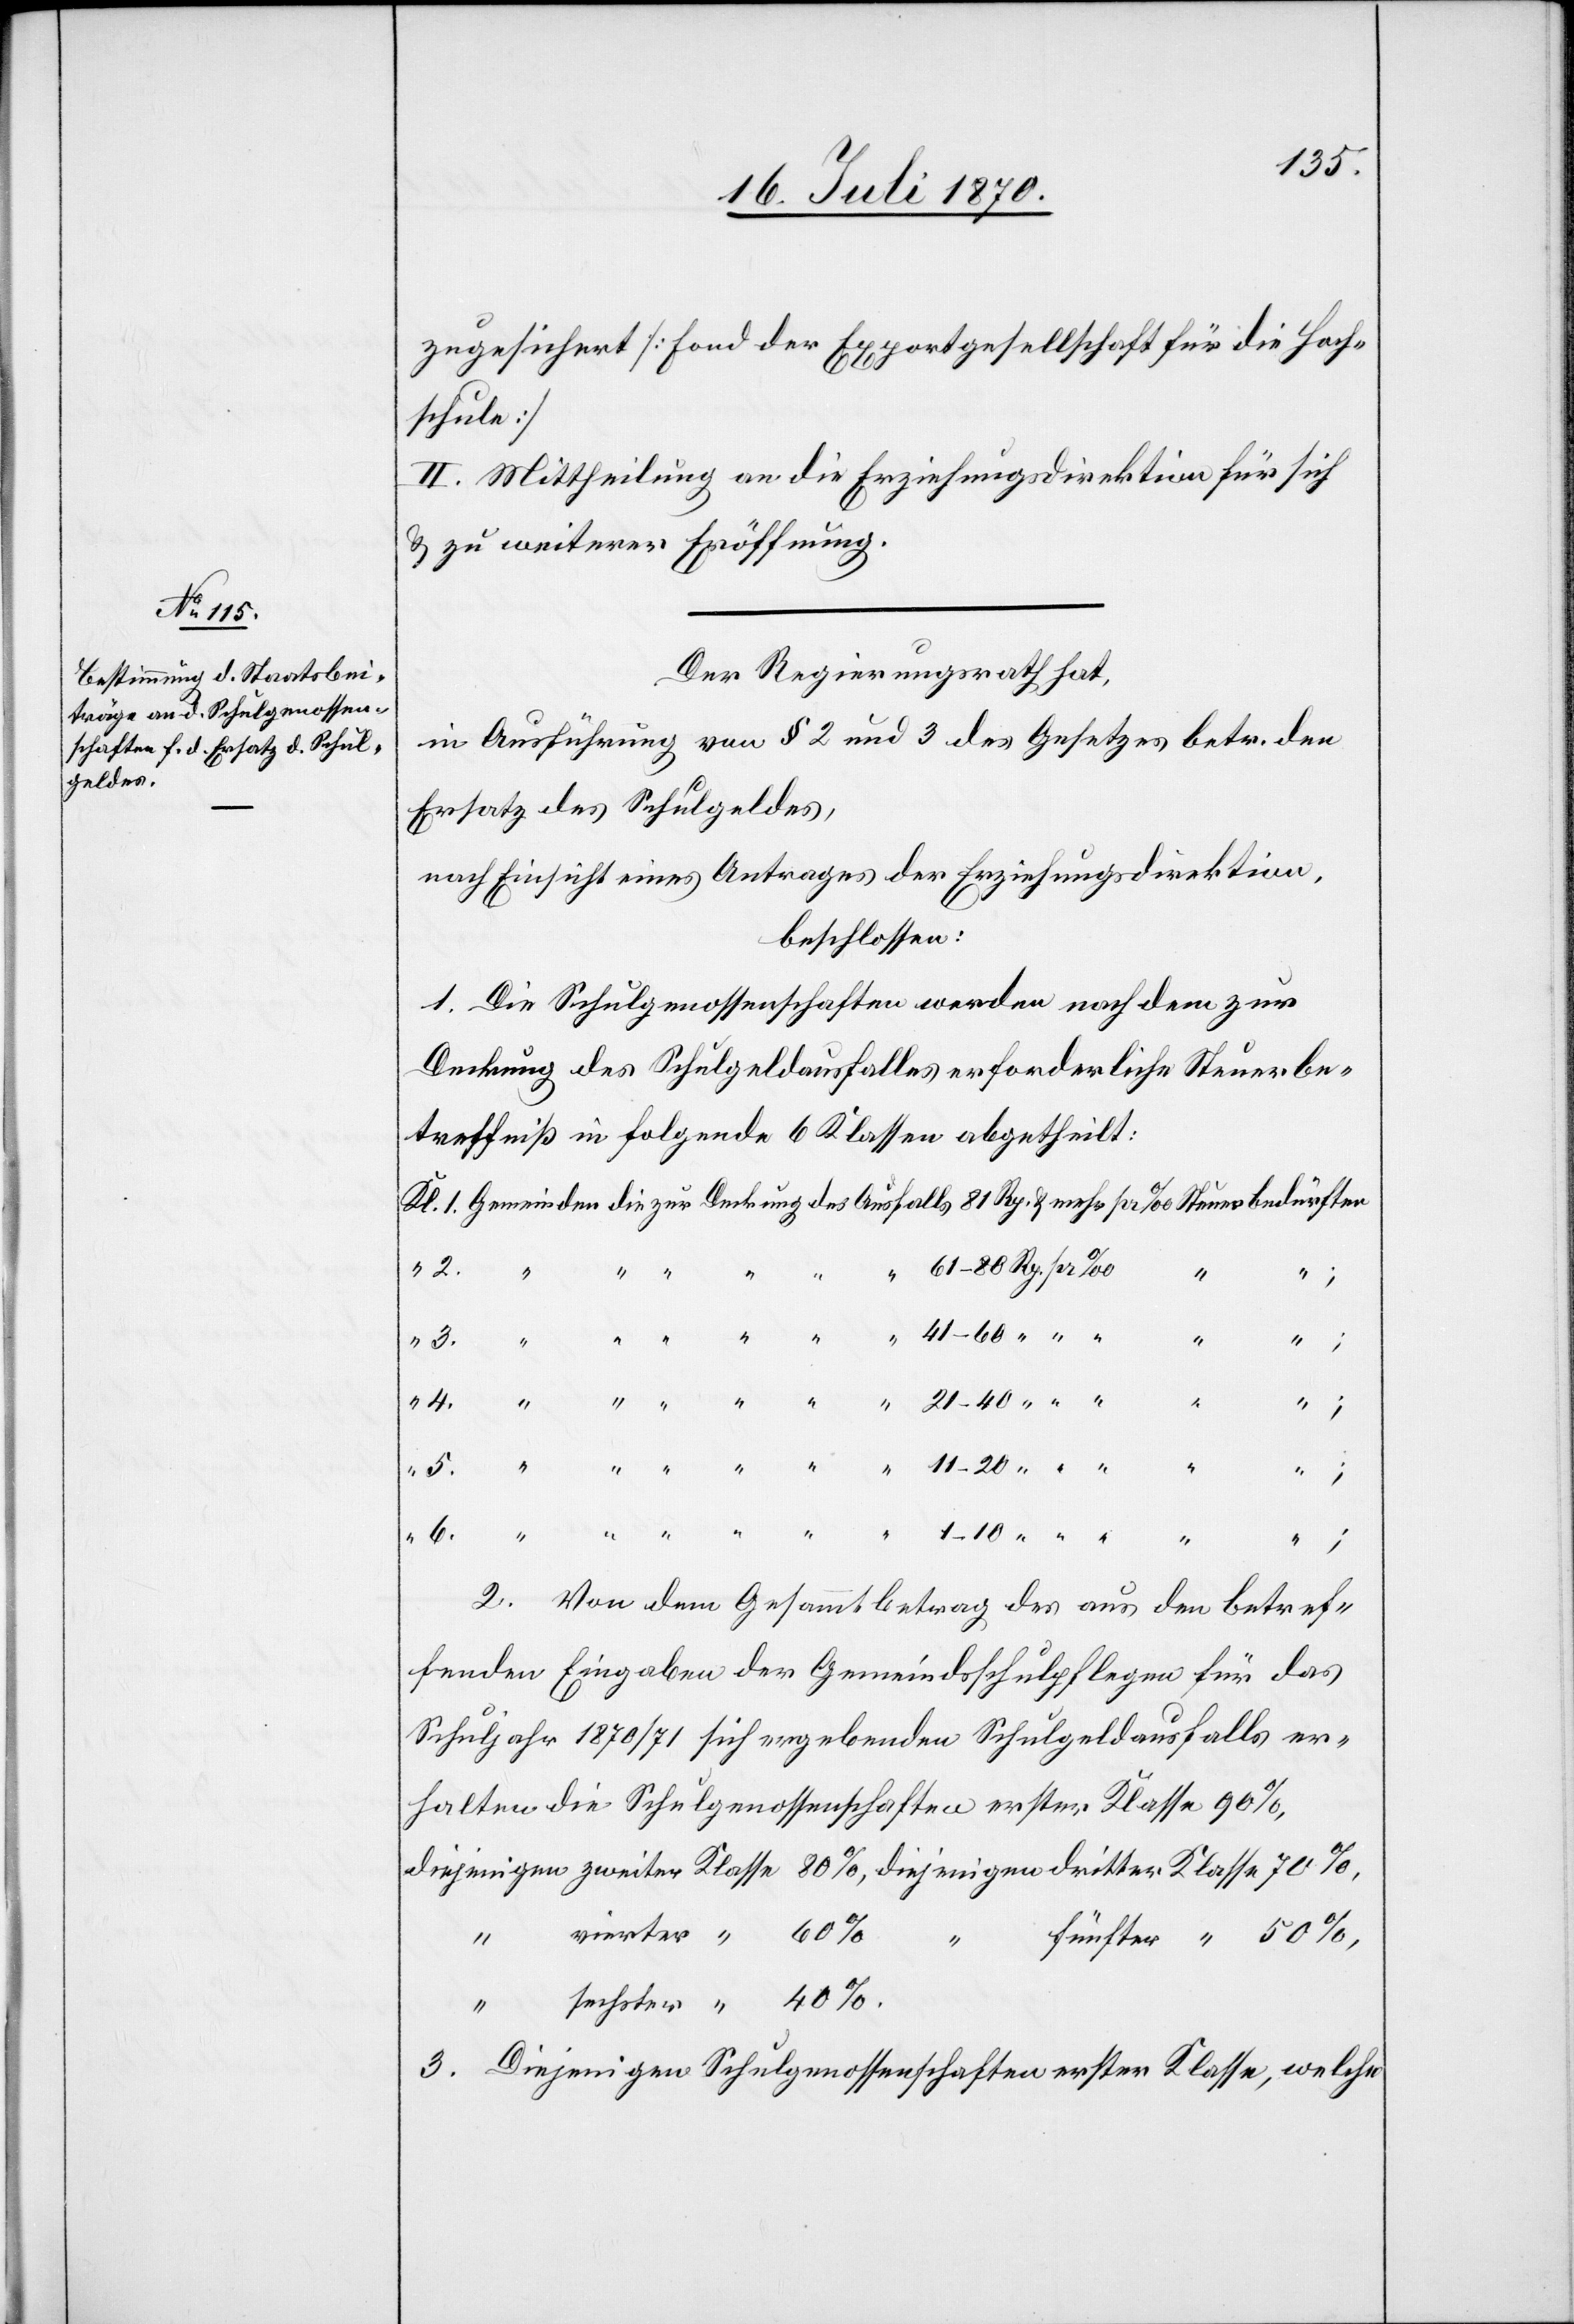
zugesichert [Fond der Exportgesellschaft für die Hoch¬
schule]
II. Mittheilung an die Erziehungsdirektion für sich
& zu weiterer Eröffnung.
Der Regierungsrath hat,
in Ausführung von § 2 und 3 des Gesetzes betr. den
Ersatz des Schulgeldes,
nach Einsicht eines Antrages der Erziehungsdirektion,
beschlossen:
1. Die Schulgenossenschaften werden nach dem zur
Deckung des Schulgeldausfalles erforderliche Steuerbe¬
treffniß in folgende 6 Klassen abgetheilt:
6.
4.
5.
“
2. Von dem Gesammtbetrag des aus den betref¬
fenden Eingaben der Gemeindsschulpflegen für das
Schuljahr 1870/71 sich ergebenden Schulgeldausfalls er¬
halten die Schulgenossenschaften erster Klasse 90%,
vierter
“
40%.
sechster
“
3. Diejenigen Schulgenossenschaften erster Klasse, welche